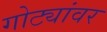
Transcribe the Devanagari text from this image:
गोट्यांवर